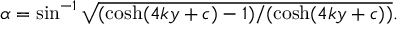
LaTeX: \alpha = \sin ^ { - 1 } \sqrt { ( \cosh ( 4 k y + c ) - 1 ) / ( \cosh ( 4 k y + c ) ) } .